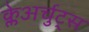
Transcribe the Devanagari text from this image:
क्लेअर्चुट्स